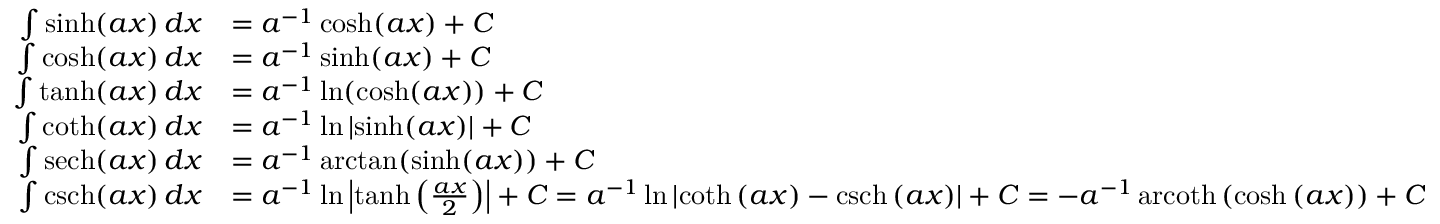
{ \begin{array} { r l } { \int \sinh ( a x ) \, d x } & { = a ^ { - 1 } \cosh ( a x ) + C } \\ { \int \cosh ( a x ) \, d x } & { = a ^ { - 1 } \sinh ( a x ) + C } \\ { \int \operatorname { t a n h } ( a x ) \, d x } & { = a ^ { - 1 } \ln ( \cosh ( a x ) ) + C } \\ { \int \coth ( a x ) \, d x } & { = a ^ { - 1 } \ln \left| \sinh ( a x ) \right| + C } \\ { \int \operatorname { s e c h } ( a x ) \, d x } & { = a ^ { - 1 } \arctan ( \sinh ( a x ) ) + C } \\ { \int \operatorname { c s c h } ( a x ) \, d x } & { = a ^ { - 1 } \ln \left| \operatorname { t a n h } \left( { \frac { a x } { 2 } } \right) \right| + C = a ^ { - 1 } \ln \left| \coth \left( a x \right) - \operatorname { c s c h } \left( a x \right) \right| + C = - a ^ { - 1 } \operatorname { a r c o t h } \left( \cosh \left( a x \right) \right) + C } \end{array} }